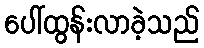
ပေါ်ထွန်းလာခဲ့သည်